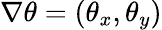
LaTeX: \nabla\theta=(\theta_{x},\theta_{y})